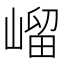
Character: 嵧